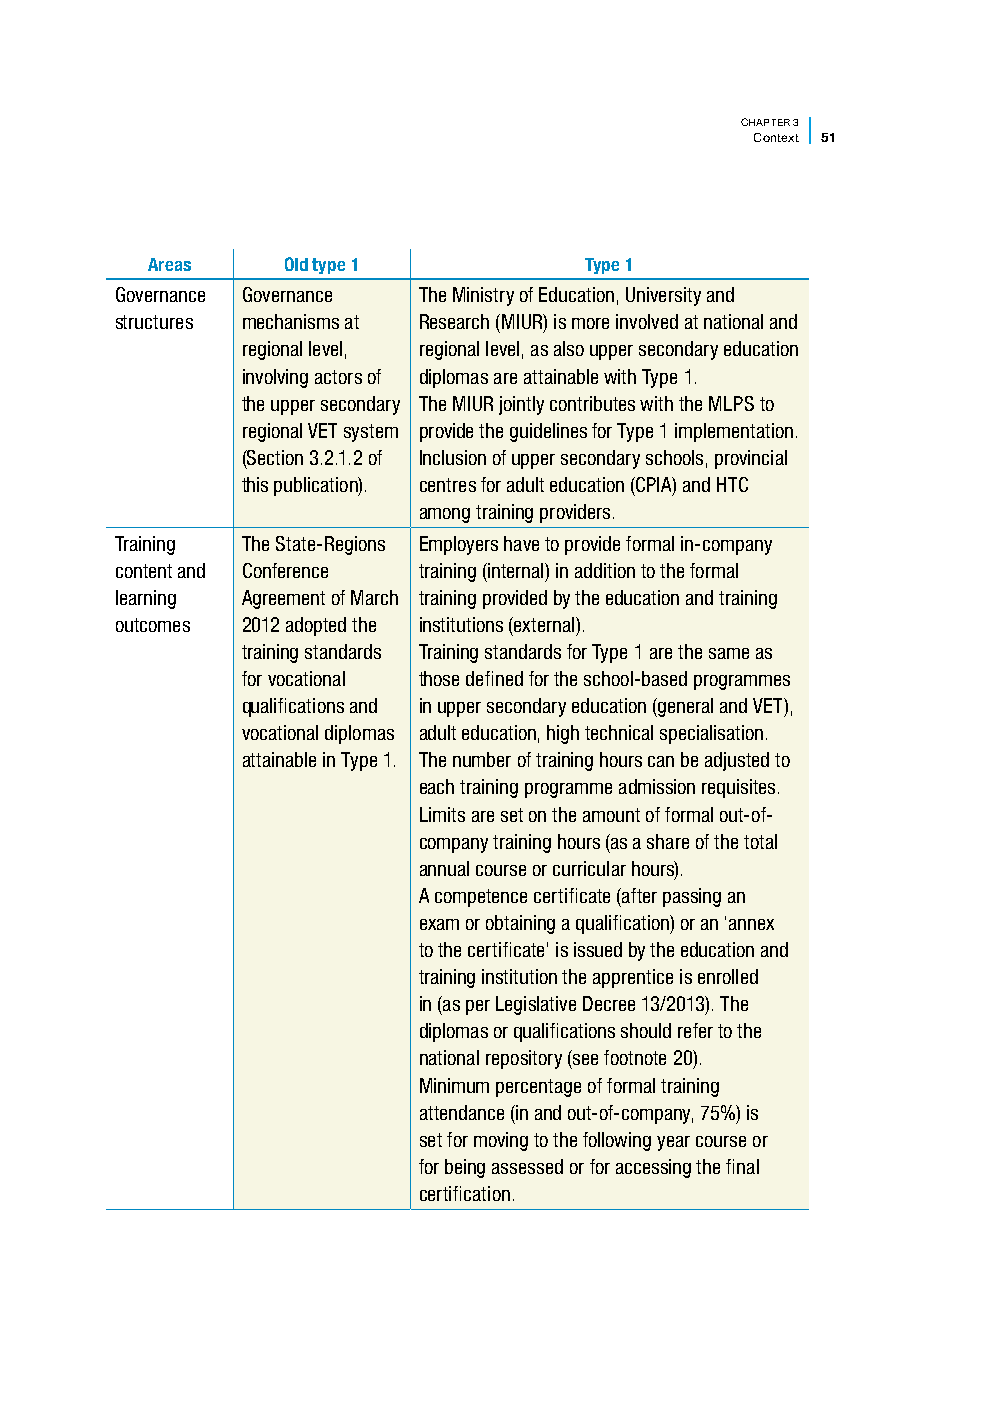
CHAPTER 3
 Context 51
 Areas    Old type 1          Type 1
 Governance Governance The Ministry of Education, University and
 structures mechanisms at Research (MIUR) is more involved at national and
 regional level, regional level, as also upper secondary education
 involving actors of diplomas are attainable with Type 1.
 the upper secondary The MIUR jointly contributes with the MLPS to
 regional VET system provide the guidelines for Type 1 implementation.
 (Section 3.2.1.2 of Inclusion of upper secondary schools, provincial
 this publication). centres for adult education (CPIA) and HTC
 among training providers.
 Training The State-Regions Employers have to provide formal in-company
 content and Conference training (internal) in addition to the formal
 learning Agreement of March training provided by the education and training
 outcomes 2012 adopted the institutions (external).
 training standards Training standards for Type 1 are the same as
 for vocational those defined for the school-based programmes
 qualifications and in upper secondary education (general and VET),
 vocational diplomas adult education, high technical specialisation.
 attainable in Type 1. The number of training hours can be adjusted to
 each training programme admission requisites.
 Limits are set on the amount of formal out-of-
 company training hours (as a share of the total
 annual course or curricular hours).
 A competence certificate (after passing an
 exam or obtaining a qualification) or an ‘annex
 to the certificate’ is issued by the education and
 training institution the apprentice is enrolled
 in (as per Legislative Decree 13/2013). The
 diplomas or qualifications should refer to the
 national repository (see footnote 20).
 Minimum percentage of formal training
 attendance (in and out-of-company, 75%) is
 set for moving to the following year course or
 for being assessed or for accessing the final
 certification.